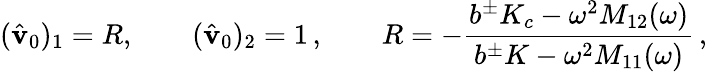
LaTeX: (\hat{\mathbf{v}}_{0})_{1}=R,\qquad(\hat{\mathbf{v}}_{0})_{2}=1\, ,\qquad R=-\frac{b^{\pm}K_{c}-\omega^{2}M_{12}(\omega)}{b^{\pm}K-\omega^{2}M_{11}(\omega)}\, ,